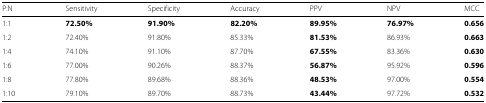
| P:N | Sensitivity | Specificity | Accuracy | PPV | NPV | MCC |
 | --- | --- | --- | --- | --- | --- | --- |
 | 1:1 | 72.50% | 91.90% | 82.20% | 89.95% | 76.97% | 0.656 |
 | 1:2 | 72.40% | 91.80% | 85.33% | 81.53% | 86.93% | 0.663 |
 | 1:4 | 74.10% | 91.10% | 87.70% | 67.55% | 83.36% | 0.630 |
 | 1:6 | 77.00% | 90.26% | 88.37% | 56.87% | 95.92% | 0.596 |
 | 1:8 | 77.80% | 89.68% | 88.36% | 48.53% | 97.00% | 0.554 |
 | 1:10 | 79.10% | 89.70% | 88.73% | 43.44% | 97.72% | 0.532 |